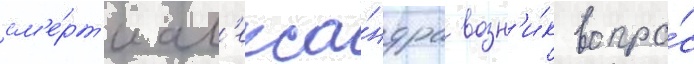
см'е́рт'и ал'екса́ндра возн'и́к вопро́с